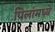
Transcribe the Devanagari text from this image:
पिलांमध्ये